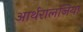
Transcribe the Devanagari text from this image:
आर्थरालजिया